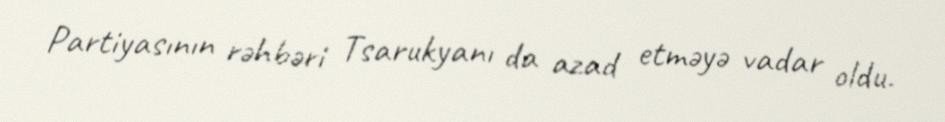
Partiyasının rəhbəri Tsarukyanı da azad etməyə vadar oldu.